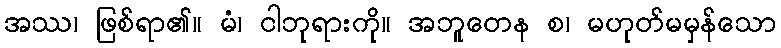
အဿ၊ ဖြစ်ရာ၏။ မံ၊ ငါဘုရားကို။ အဘူတေန စ၊ မဟုတ်မမှန်သော